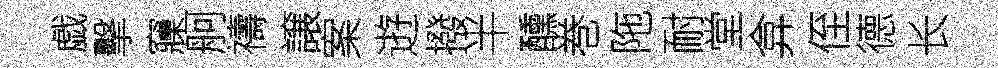
戯擊䆿舸禱譲案逰撥半醺巻陁耐堂弇侄德长